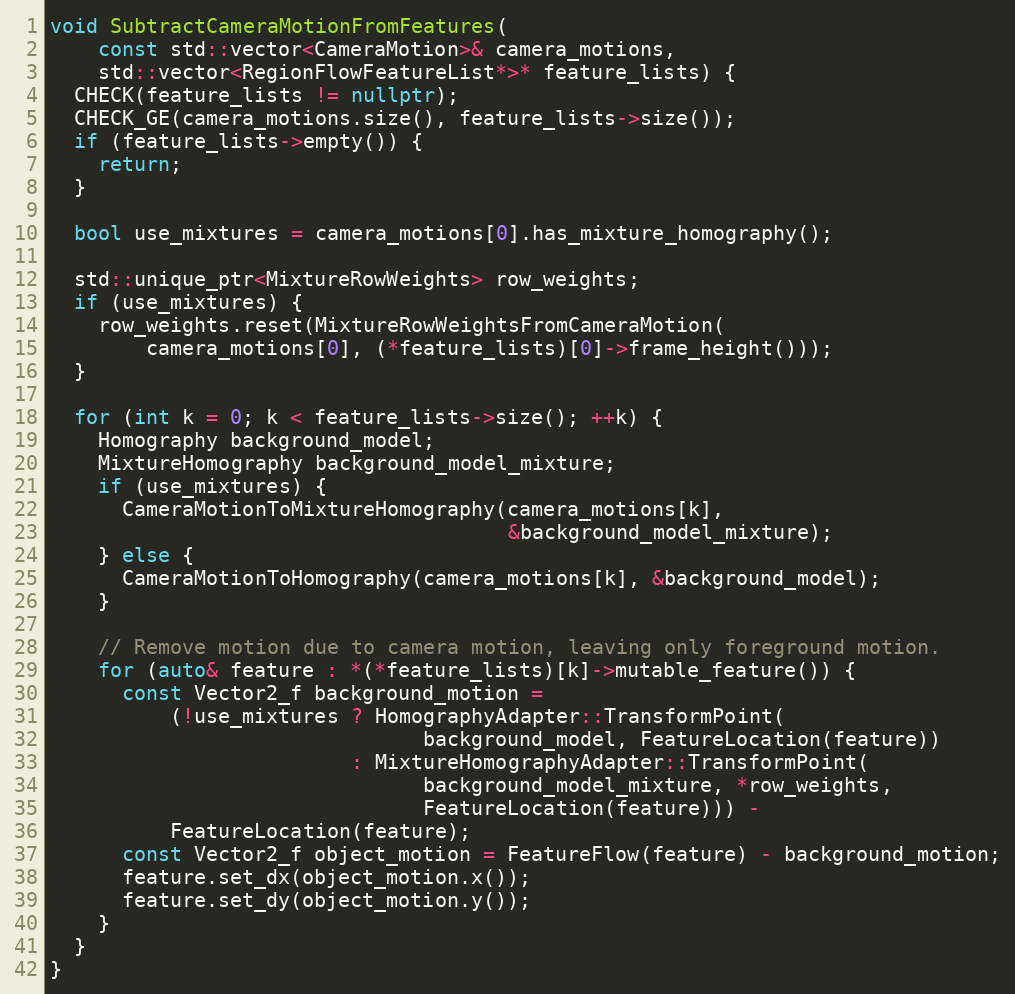
Language: C++
void SubtractCameraMotionFromFeatures(
    const std::vector<CameraMotion>& camera_motions,
    std::vector<RegionFlowFeatureList*>* feature_lists) {
  CHECK(feature_lists != nullptr);
  CHECK_GE(camera_motions.size(), feature_lists->size());
  if (feature_lists->empty()) {
    return;
  }

  bool use_mixtures = camera_motions[0].has_mixture_homography();

  std::unique_ptr<MixtureRowWeights> row_weights;
  if (use_mixtures) {
    row_weights.reset(MixtureRowWeightsFromCameraMotion(
        camera_motions[0], (*feature_lists)[0]->frame_height()));
  }

  for (int k = 0; k < feature_lists->size(); ++k) {
    Homography background_model;
    MixtureHomography background_model_mixture;
    if (use_mixtures) {
      CameraMotionToMixtureHomography(camera_motions[k],
                                      &background_model_mixture);
    } else {
      CameraMotionToHomography(camera_motions[k], &background_model);
    }

    // Remove motion due to camera motion, leaving only foreground motion.
    for (auto& feature : *(*feature_lists)[k]->mutable_feature()) {
      const Vector2_f background_motion =
          (!use_mixtures ? HomographyAdapter::TransformPoint(
                               background_model, FeatureLocation(feature))
                         : MixtureHomographyAdapter::TransformPoint(
                               background_model_mixture, *row_weights,
                               FeatureLocation(feature))) -
          FeatureLocation(feature);
      const Vector2_f object_motion = FeatureFlow(feature) - background_motion;
      feature.set_dx(object_motion.x());
      feature.set_dy(object_motion.y());
    }
  }
}